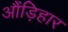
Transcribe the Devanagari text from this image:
औंड़िहार